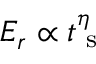
E _ { r } \propto t _ { \textrm { s } } ^ { \eta }